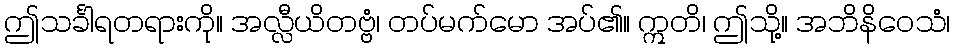
ဤသင်္ခါရတရားကို။ အလ္လီယိတဗ္ဗံ၊ တပ်မက်မော အပ်၏။ ဣတိ၊ ဤသို့။ အဘိနိဝေသံ၊